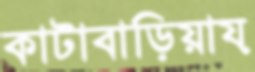
কাটাবাড়িয়ায়